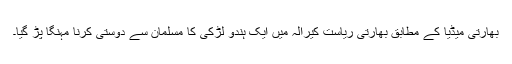
بھارتی میڈیا کے مطابق بھارتی ریاست کیرالہ میں ایک ہندو لڑکی کا مسلمان سے دوستی کرنا مہنگا پڑ گیا۔